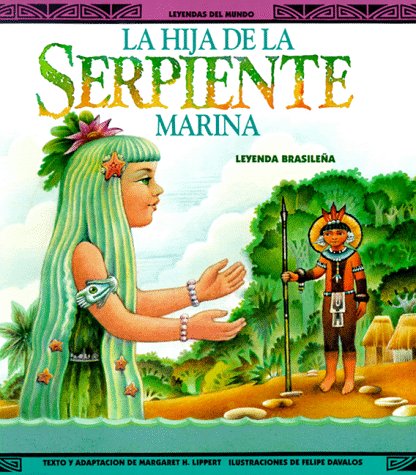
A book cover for La Hija Da La Serpiente Marina-Pbk (New) (Leyendas del Mundo); Lippert; Children's Books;